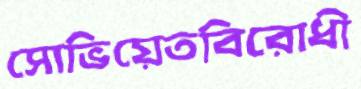
সোভিয়েতবিরোধী